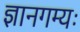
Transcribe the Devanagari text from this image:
ज्ञानगम्यः